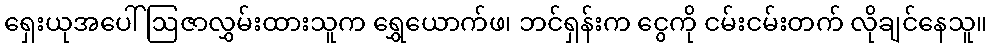
ရှေးယုအပေါ် ဩဇာလွှမ်းထားသူက ရွှေယောက်ဖ၊ ဘင်ရှန်းက ငွေကို ငမ်းငမ်းတက် လိုချင်နေသူ။